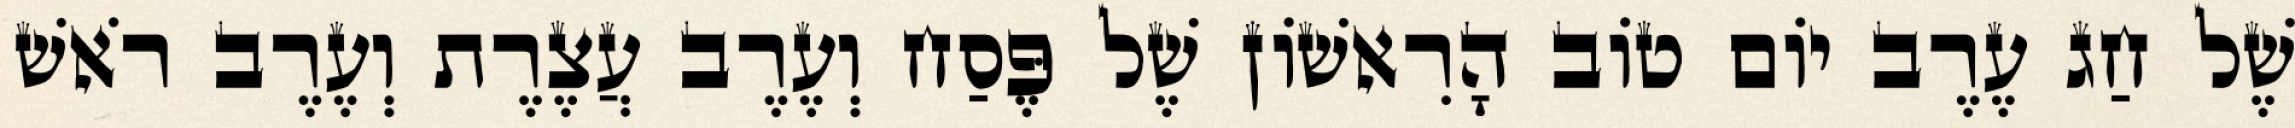
שֶׁל חַג עֶרֶב יוֹם טוֹב הָרִאשׁוֹן שֶׁל פֶּסַח וְעֶרֶב עֲצֶרֶת וְעֶרֶב רֹאשׁ